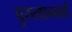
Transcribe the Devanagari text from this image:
पुरुत्थानवादी